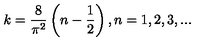
k = \frac { 8 } { \pi ^ { 2 } } \left( n - \frac { 1 } { 2 } \right) , n = 1 , 2 , 3 , . . .